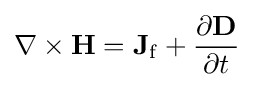
\mathbf {\nabla } \times \mathbf {H} =\mathbf {J} _{\mathrm {f} }+{\frac {\partial \mathbf {D} }{\partial t}}